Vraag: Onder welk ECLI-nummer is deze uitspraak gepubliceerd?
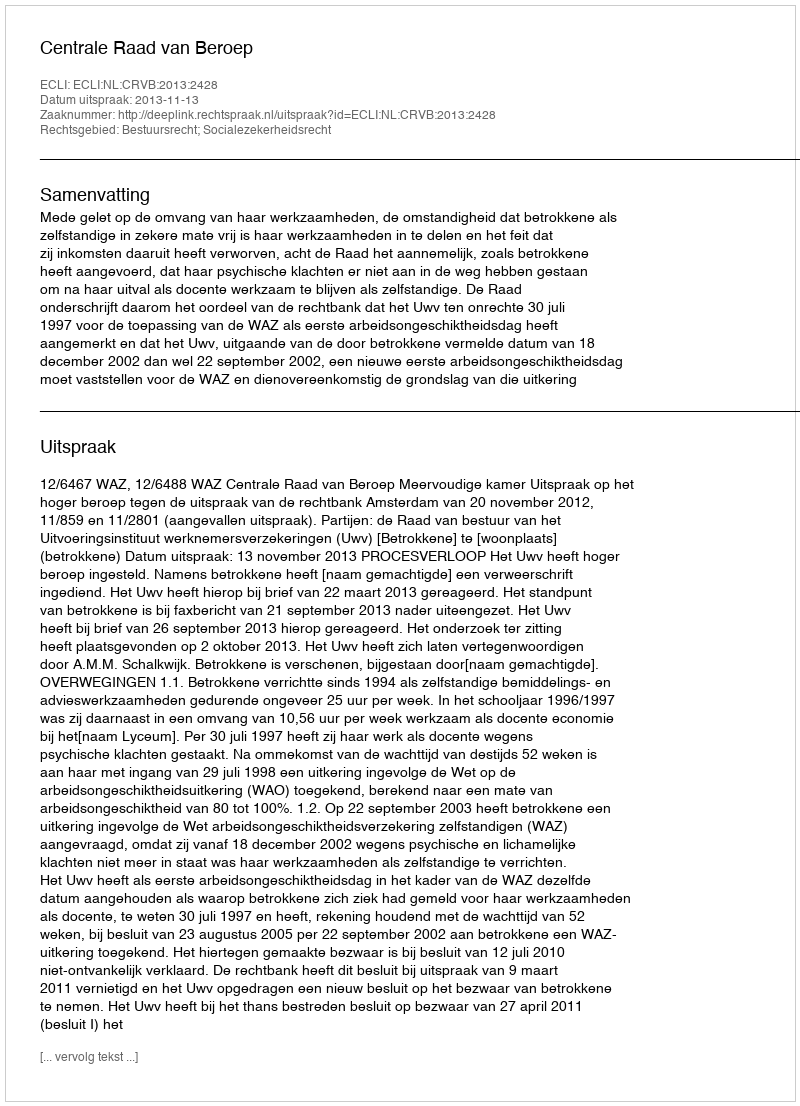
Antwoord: ECLI:NL:CRVB:2013:2428